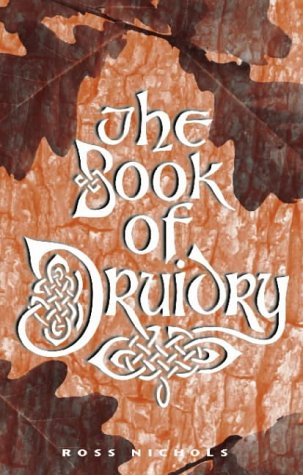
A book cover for The Book of Druidry, 2nd Edition; Ross Nichols; Religion & Spirituality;